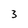
Character: 3